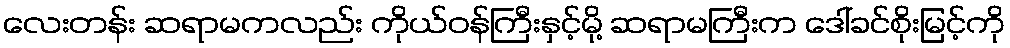
လေးတန်း ဆရာမကလည်း ကိုယ်ဝန်ကြီးနှင့်မို့ ဆရာမကြီးက ဒေါ်ခင်စိုးမြင့်ကို